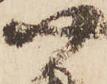
尉